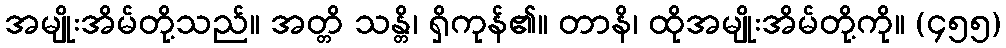
အမျိုးအိမ်တို့သည်။ အတ္တိ သန္တိ၊ ရှိကုန်၏။ တာနိ၊ ထိုအမျိုးအိမ်တို့ကို။ (၄၅၅)